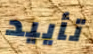
تأييد